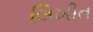
લિખીત